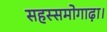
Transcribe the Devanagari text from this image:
सहस्समोगाढ़ा।